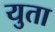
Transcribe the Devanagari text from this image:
युता